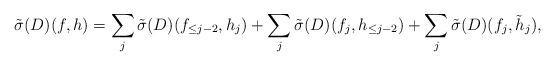
LaTeX: \begin{align*}\tilde \sigma(D)(f,h)=\sum_j \tilde \sigma(D) (f_{\le j-2}, h_j)+ \sum_j \tilde \sigma(D) (f_j, h_{\le j-2})+ \sum_j \tilde \sigma(D) (f_j, \tilde h_j),\end{align*}